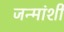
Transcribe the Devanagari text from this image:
जन्मांशी